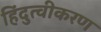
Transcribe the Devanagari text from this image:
हिंदुत्वीकरण